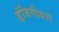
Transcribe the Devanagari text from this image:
इंजिनीयरों